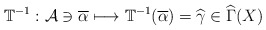
\begin{align*}\mathbb{T}^{-1}:\mathcal{A}\ni \overline{\alpha }\longmapsto \mathbb{T}^{-1}(\overline{\alpha })=\widehat{\gamma }\in \widehat{\Gamma }(X) \end{align*}